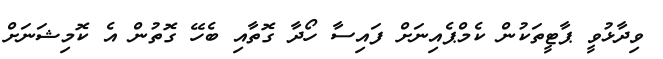
ވިދާޅުވީ ޕާޓީތަކުން ކެމްޕެއިނަށް ފައިސާ ހޯދާ ގޮތާއި ބެހޭ ގޮތުން އެ ކޮމިޝަނަށް